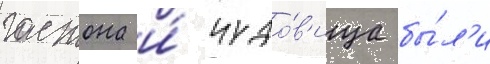
гастона и́ чудо́в'ища бы́л'и